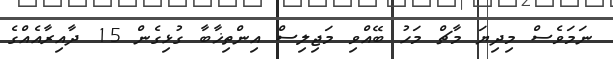
ނަމަވެސް މިދިޔަ މާޗް މަހު ބޭއްވި މަޖިލިސް އިންތިޚާބާ ގުޅިގެން 15 ދާއިރާއެއްގެ